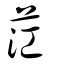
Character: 茳